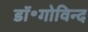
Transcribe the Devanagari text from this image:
डॉ॰गोविन्द